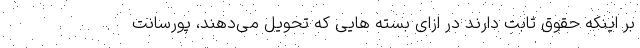
بر اینکه حقوق ثابت دارند در ازای بسته هایی که تحویل می‌دهند، پورسانت